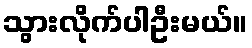
သွားလိုက်ပါဦးမယ်။